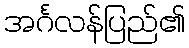
အင်္ဂလန်ပြည်၏